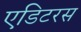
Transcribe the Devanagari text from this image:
एडिटरस